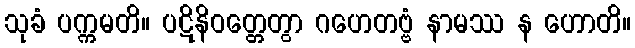
သုခံ ပက္ကမတိ။ ပဋိနိဝတ္တေတွာ ဂဟေတဗ္ဗံ နာမဿ န ဟောတိ။